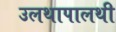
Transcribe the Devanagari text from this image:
उलथापालथी